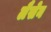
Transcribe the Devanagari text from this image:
लैसेन